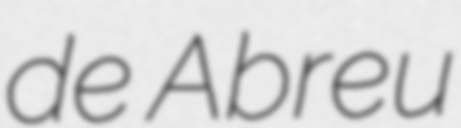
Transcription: de Abreu